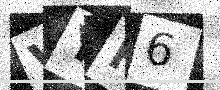
Text: VYF6